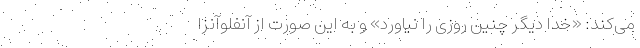
می‌کند: «خدا دیگر چنین روزی را نیاورد» و به این صورت از آنفلوآنزا